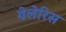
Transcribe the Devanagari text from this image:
वेलेरिस